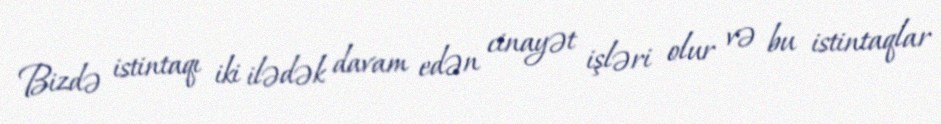
Bizdə istintaqı iki ilədək davam edən cinayət işləri olur və bu istintaqlar